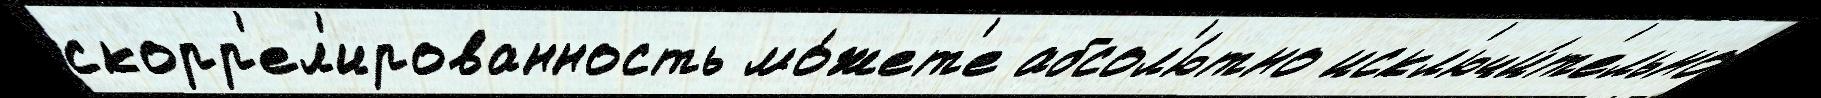
скорр'ел'ированность мо́жет'е абсол'ю́тно искл'ючи́т'ельно